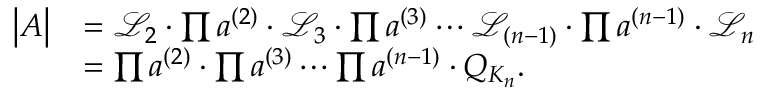
\begin{array} { r l } { \big \vert A \big \vert } & { = \mathscr { L } _ { 2 } \cdot \prod a ^ { ( 2 ) } \cdot \mathscr { L } _ { 3 } \cdot \prod a ^ { ( 3 ) } \cdots \mathscr { L } _ { ( n - 1 ) } \cdot \prod a ^ { ( n - 1 ) } \cdot \mathscr { L } _ { n } } \\ & { = \prod a ^ { ( 2 ) } \cdot \prod a ^ { ( 3 ) } \cdots \prod a ^ { ( n - 1 ) } \cdot Q _ { K _ { n } } . } \end{array}